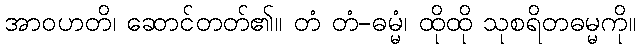
အာဝဟတိ၊ ဆောင်တတ်၏။ တံ တံ-ဓမ္မံ၊ ထိုထို သုစရိတဓမ္မကို။